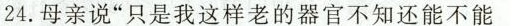
24.母亲说”只是我这样老的器官不知还能不能